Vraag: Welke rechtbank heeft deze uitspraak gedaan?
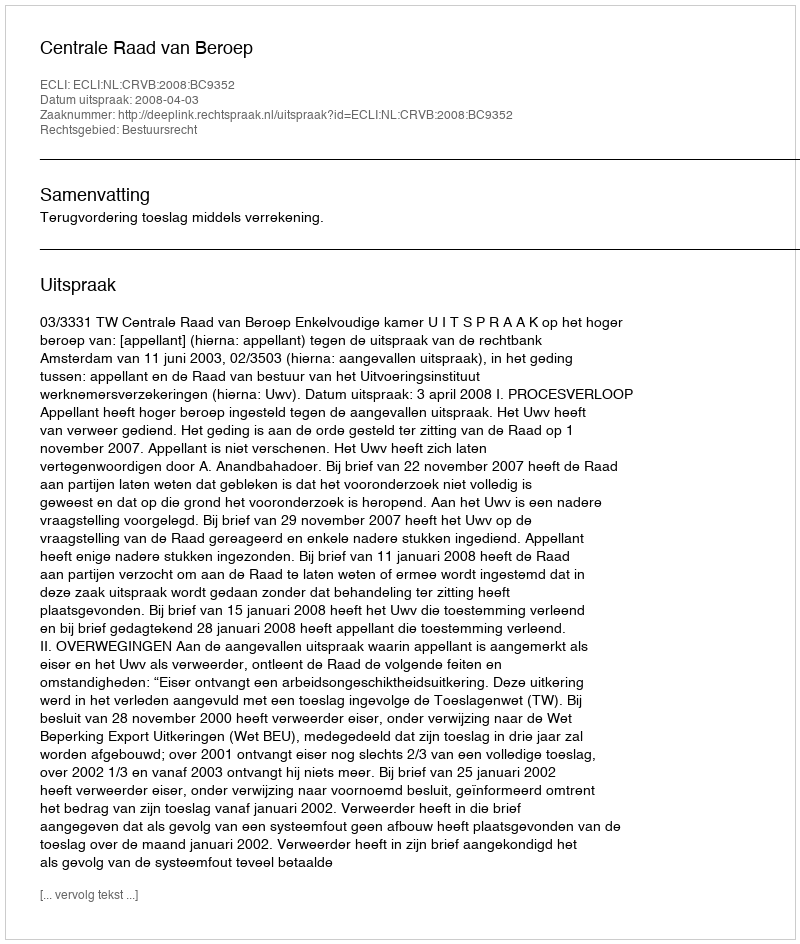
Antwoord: Centrale Raad van Beroep